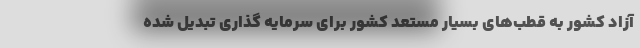
آزاد کشور به قطب‌های بسیار مستعد کشور برای سرمایه گذاری تبدیل شده